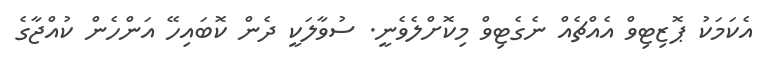
އެކަމަކު ޕޮޒިޓިވް އެއްޗެއް ނެގެޓިވް މިކޮށްލެވެނީ. ސުވާލަކީ ދެން ކޮބައިހޭ އަންހެން ކުއްޖާގެ